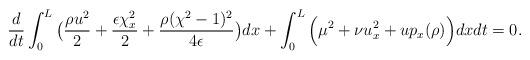
LaTeX: \begin{align*}\frac{d}{dt}\int_0^L\big(\frac{\rho u^2}{2}+\frac{\epsilon\chi_x^2}{2}+\frac{\rho(\chi^2-1)^2}{4\epsilon}\big)dx+\int_0^L\Big(\mu^2+\nu u_x^2+up_x(\rho)\Big)dxdt=0.\end{align*}